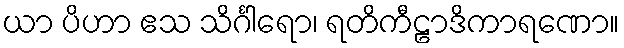
ယာ ပိဟာ ဧသ သိင်္ဂါရော၊ ရတိကီဠာဒိကာရဏော။